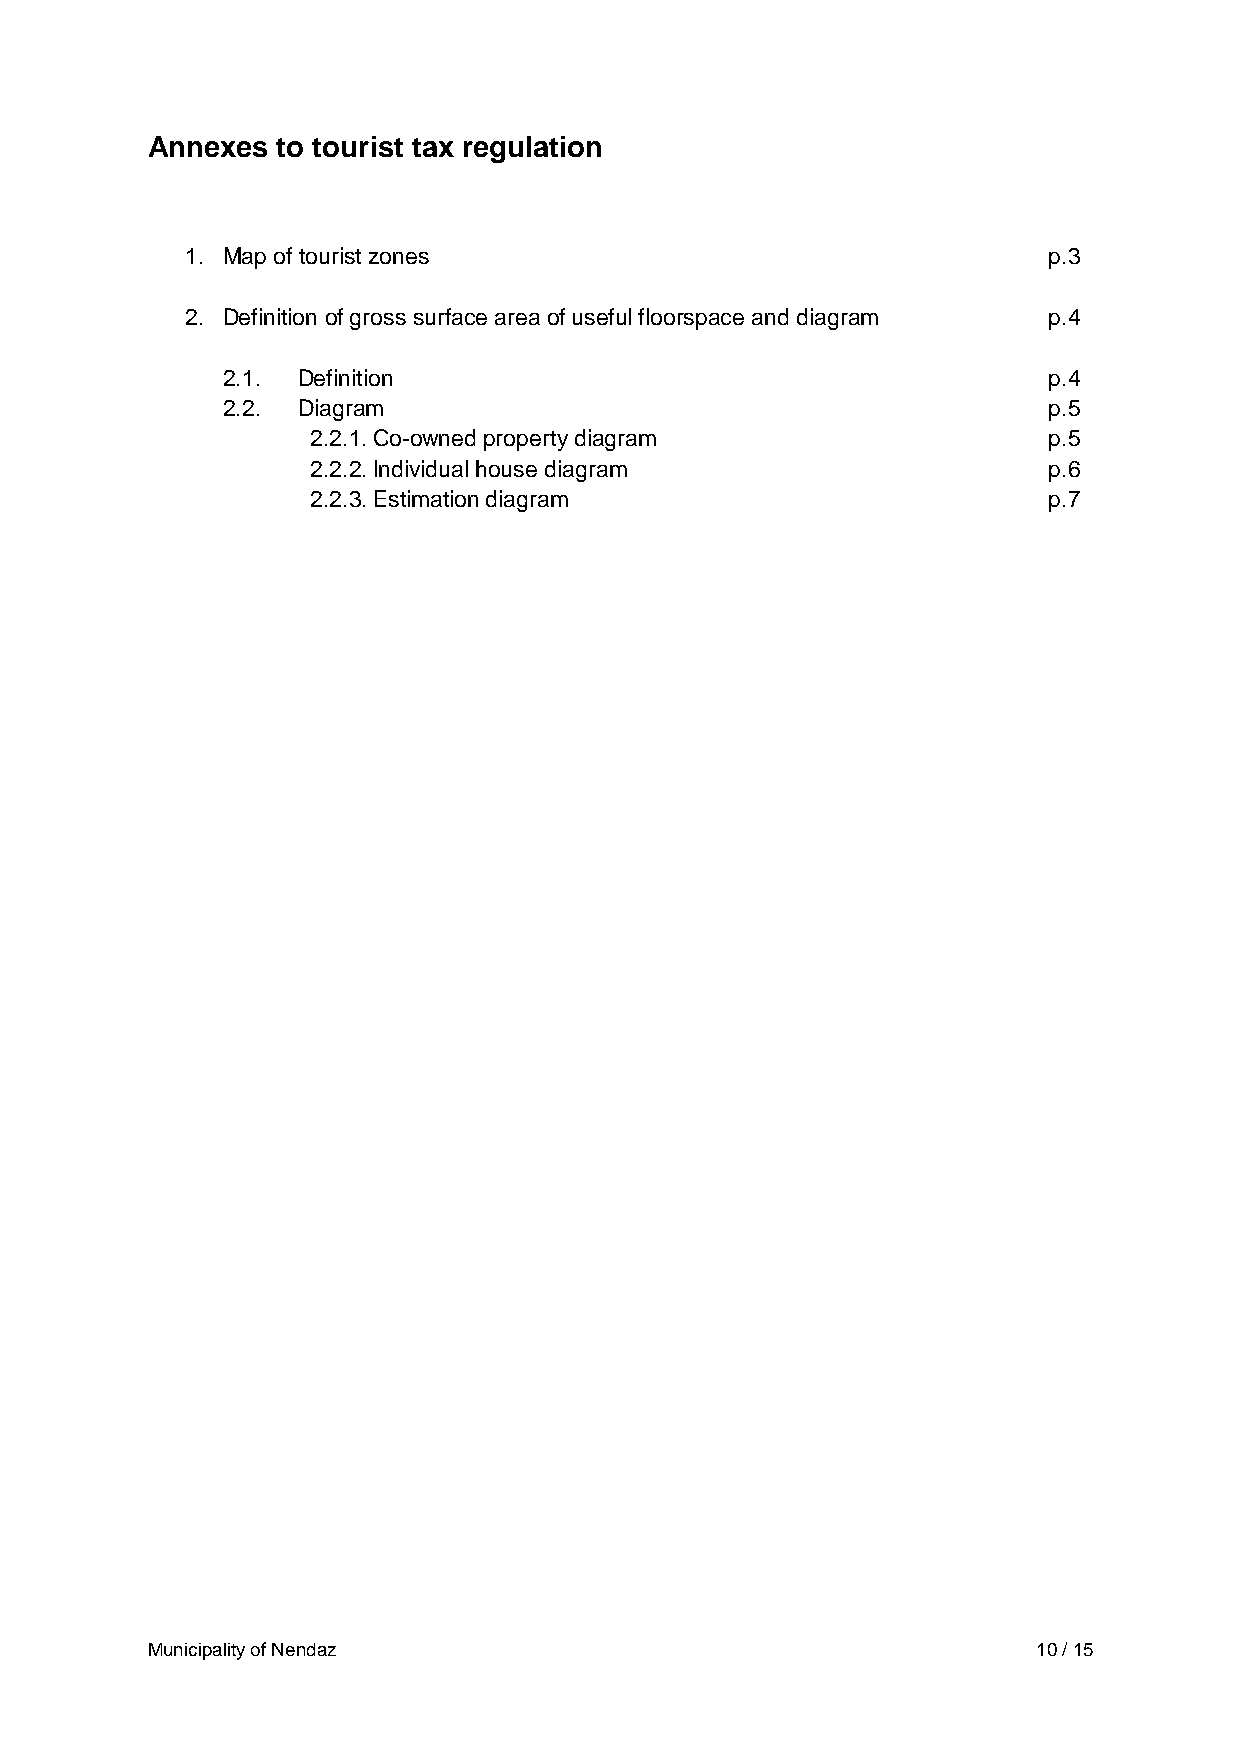
Annexes to tourist tax regulation
 1. Map of tourist zones                                  p.3
 2. Definition of gross surface area of useful floorspace and diagram p.4
 2.1. Definition                                       p.4
 2.2. Diagram                                          p.5
 2.2.1. Co-owned property diagram                p.5
 2.2.2. Individual house diagram                 p.6
 2.2.3. Estimation diagram                       p.7
 Municipality of Nendaz                                     10 / 15